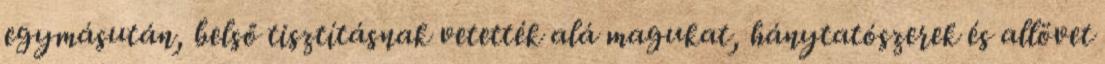
egymásután, belső tisztításnak vetették alá magukat, hánytatószerek és allövet